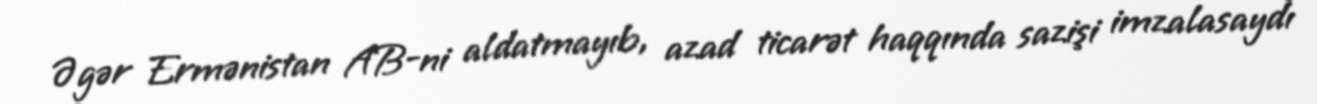
Əgər Ermənistan AB-ni aldatmayıb, azad ticarət haqqında sazişi imzalasaydı